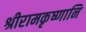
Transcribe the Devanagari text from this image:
श्रीरामकृष्णानि